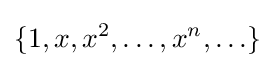
\{1,x,x^{2},\ldots ,x^{n},\ldots \}